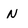
Character: N